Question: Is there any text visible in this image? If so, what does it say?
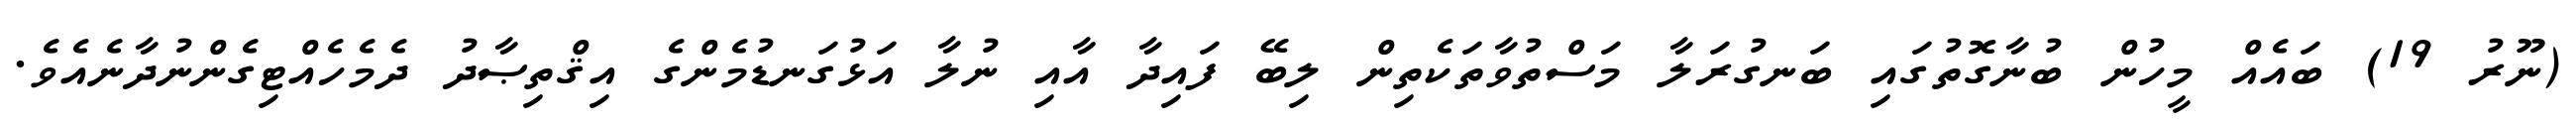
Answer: (ނޫރު 19) ބައެއް މީހުން ބުނާގޮތުގައި ބަނގުރަލާ މަސްތުވާތަކެތިން ލިބޭ ފައިދާ އާއި ނުލާ އަޅުގަނޑުމެންގެ އިޤްތިޞާދު ދެމެހެއްޓިގެންނުދާނެއެވެ.